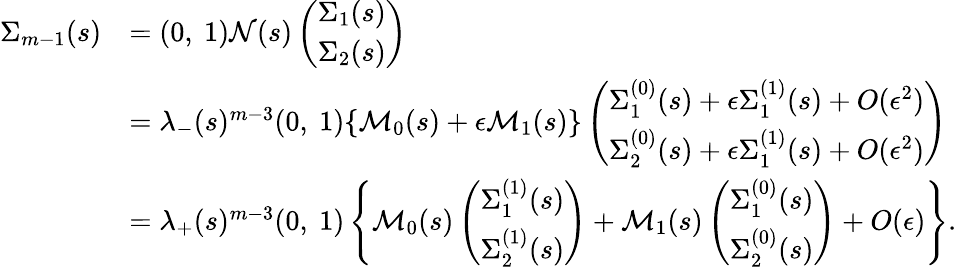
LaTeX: \begin{array}{rl}{\Sigma_{m-1}(s)}&{=(0,\ 1){\mathcal N}(s)\left(\begin{array}{c}{\Sigma_{1}(s)}\\ {\Sigma_{2}(s)}\end{array}\right)}\\ &{=\lambda_{-}(s)^{m-3}(0,\ 1)\{ {\mathcal M}_{0}(s)+\epsilon{\mathcal M}_{1}(s)\} \left(\begin{array}{c}{\Sigma_{1}^{(0)}(s)+\epsilon\Sigma_{1}^{(1)}(s)+O(\epsilon^{2})}\\ {\Sigma_{2}^{(0)}(s)+\epsilon\Sigma_{1}^{(1)}(s)+O(\epsilon^{2})}\end{array}\right)}\\ &{=\lambda_{+}(s)^{m-3}(0,\ 1)\left\{ {\mathcal M}_{0}(s)\left(\begin{array}{c}{\Sigma_{1}^{(1)}(s)}\\ {\Sigma_{2}^{(1)}(s)}\end{array}\right)+{\mathcal M}_{1}(s)\left(\begin{array}{c}{\Sigma_{1}^{(0)}(s)}\\ {\Sigma_{2}^{(0)}(s)}\end{array}\right)+O(\epsilon)\right\} .}\end{array}